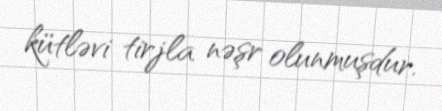
kütləvi tirjla nəşr olunmuşdur.